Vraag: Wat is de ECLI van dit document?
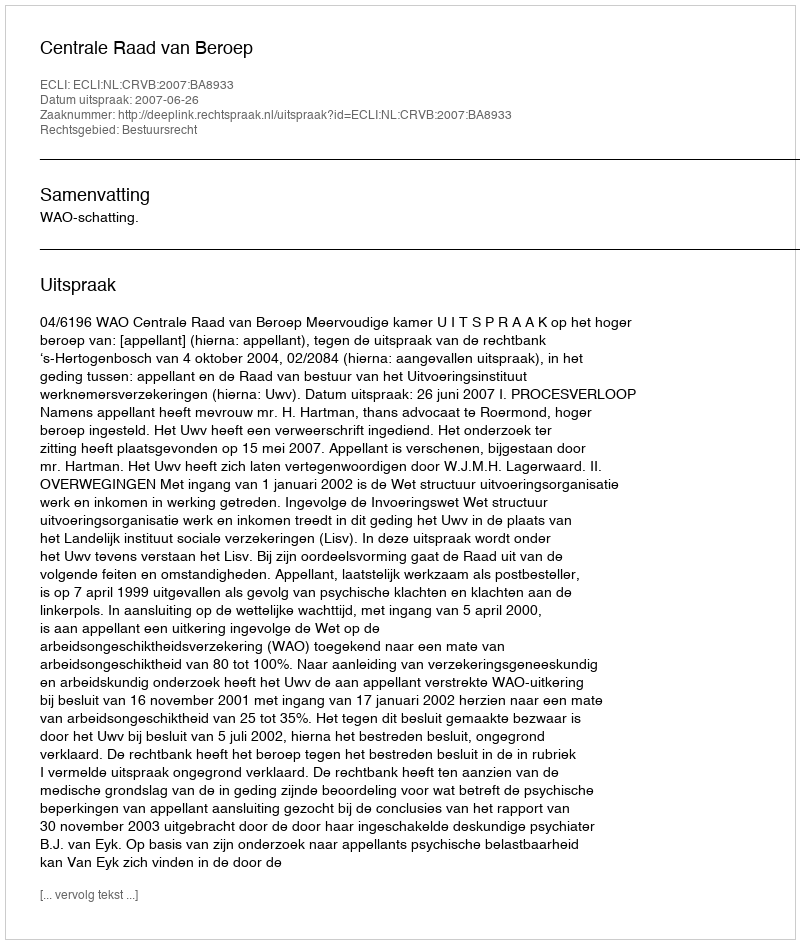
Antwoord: ECLI:NL:CRVB:2007:BA8933